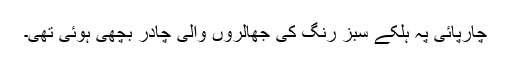
چارپائی پہ ہلکے سبز رنگ کی جھالروں والی چادر بچھی ہوئی تھی۔